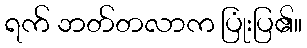
ရက် ဘတ်တလာက ပြုံးပြ၏။